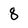
Character: 8